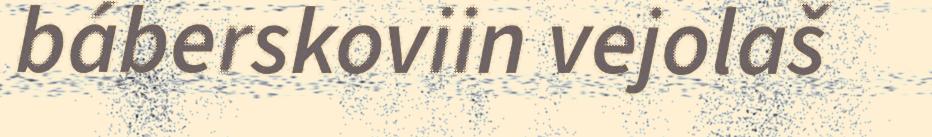
báberskoviin vejolaš